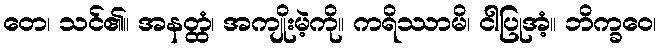
တေ၊ သင်၏။ အနတ္ထံ၊ အကျိုးမဲ့ကို။ ကရိဿာမိ၊ ငါပြုအံ့။ ဘိက္ခဝေ၊